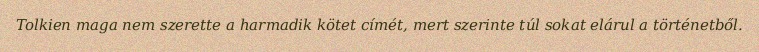
Tolkien maga nem szerette a harmadik kötet címét, mert szerinte túl sokat elárul a történetből.